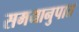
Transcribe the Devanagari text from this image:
समयानुपात